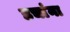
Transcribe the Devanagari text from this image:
डचांना